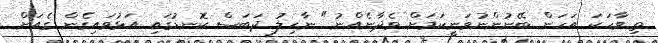
ތި ވާހަކަ އަހަން ބޭނުންނުވަނީކަމަށް ވެދާނެއްނު" ނާހިލު ދަބަސް ކޮނޑުގައި އަޅުވައިގެން ގެއަށް